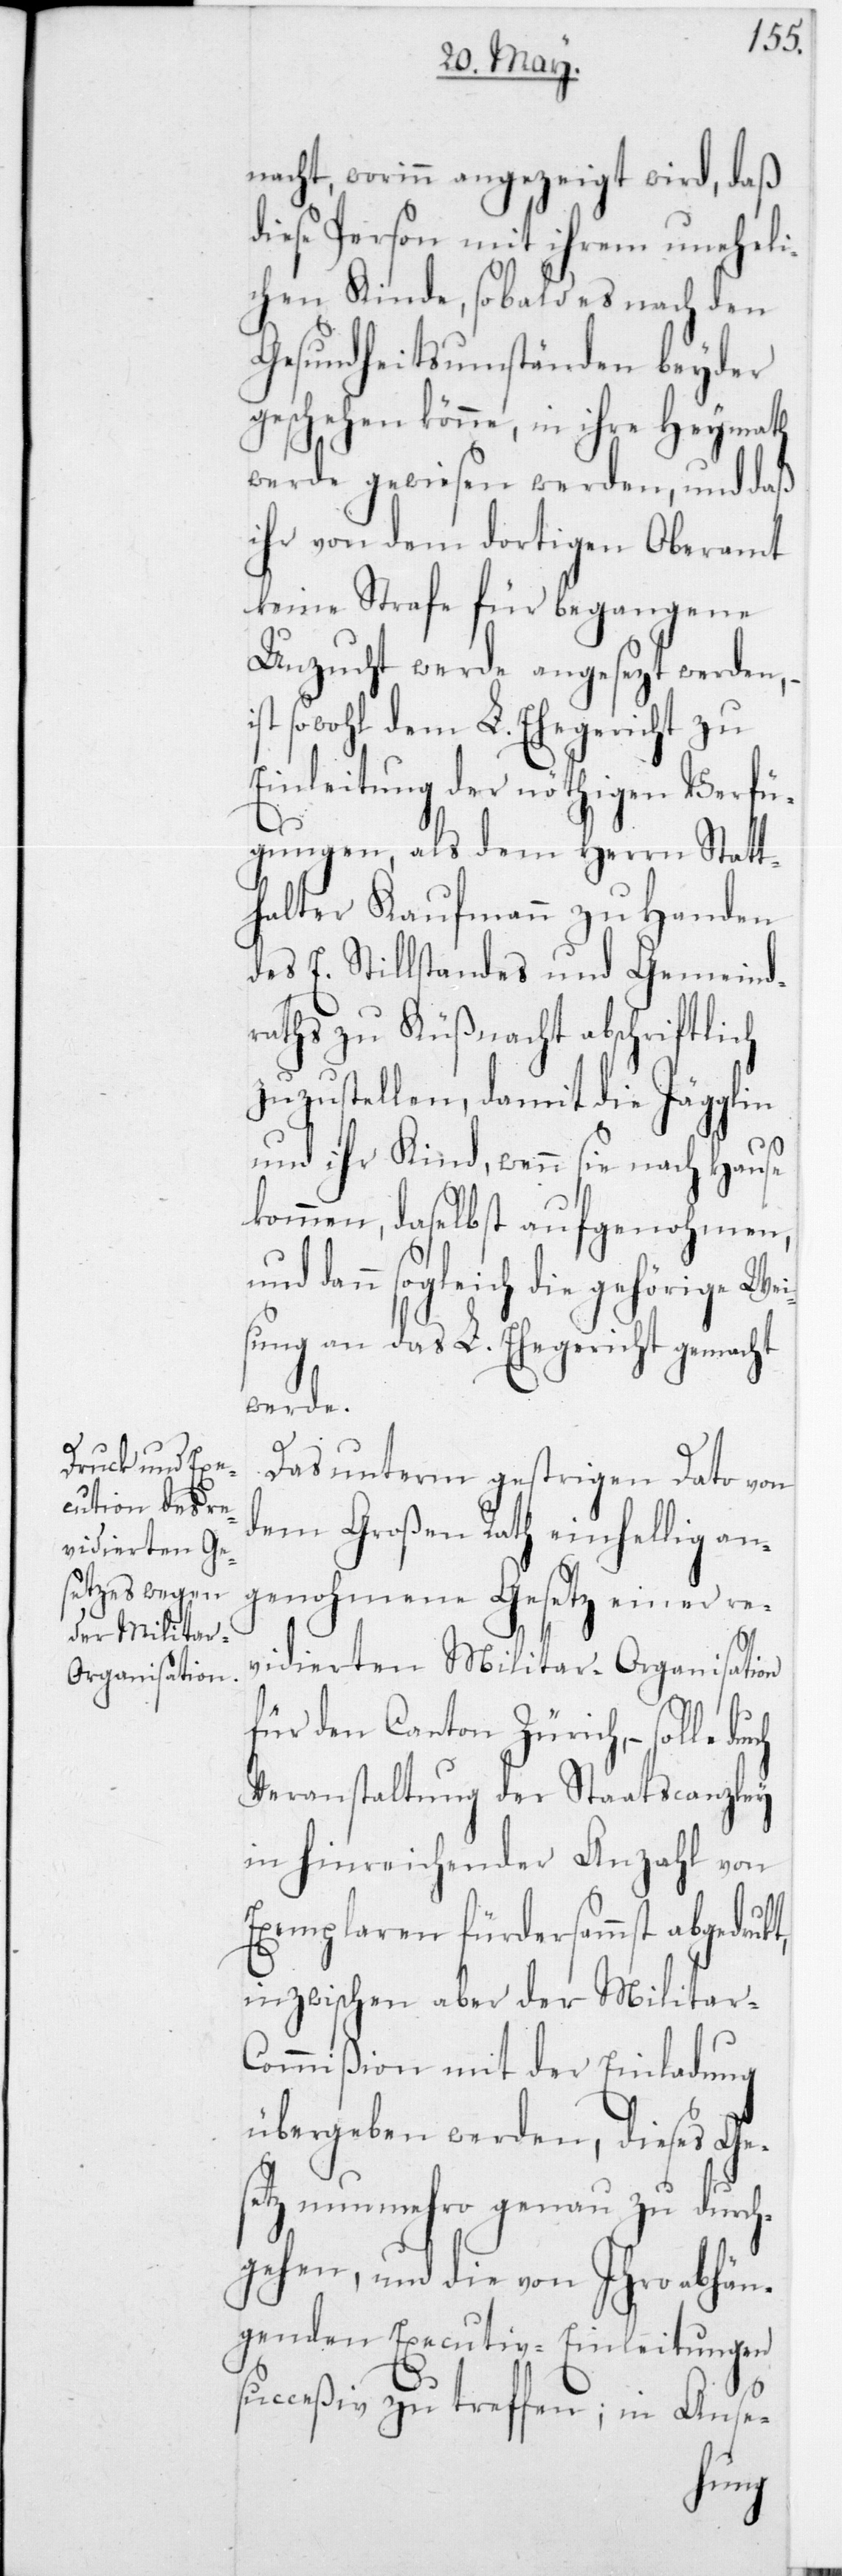
nacht, worinn angezeigt wird, daß
diese Person mit ihrem uneheli¬
chen Kinde, sobald es nach den
Gesundheitsumständen beyder
geschehen könne, in ihre
Heymath
werde gewiesen werden, und daß
ihr von dem dortigen Oberamt
keine Strafe für begangene
Unzucht werde angesetzt werden,
sowohl dem L. Ehegericht zu
Einleitung der nöthigen Verfü¬
gungen, als dem Herrn Statt¬
halter Kaufmann zu Handen
des E. Stillstandes und Gemeind¬
raths zu Küßnacht abschriftlich
zuzustellen, damit die Jägglin
und ihr Kind, wenn sie nach Hause
kommen, daselbst aufgenohmen,
dann sogleich die gehörige Wei¬
sung an das L. Ehegericht gemacht
werde.
Das unterm gestrigen Dato von
dem Großen Rath einhellig an¬
genohmene Gesetz einer re¬
vidierten Militar-Organistation
für den Canton Zürich, – solle
Veranstaltung der Staatscanzley
in hinreichender Anzahl von
Exemplaren fürdersammst abgedruk¬
inzwischen aber der Militar-C¬
ommißion mit der Einladung
übergeben werden, dieses Ge¬
setz nunmehro genau zu durch¬
gehen, und die von Ihro abhän¬
genden Executiv-Einleitungen
succeßiv zu treffen; in Anse-
t,